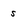
Character: s